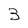
Character: 3